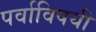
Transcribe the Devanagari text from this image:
पर्वाविषयी